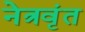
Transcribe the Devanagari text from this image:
नेत्रवृंत